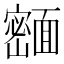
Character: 𬰢